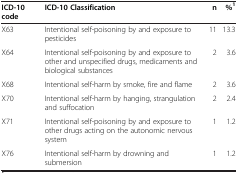
| ICD-10 code | ICD-10 Classification | n | %1 |
 | --- | --- | --- | --- |
 | X63 | Intentional self-poisoning by and exposure to pesticides | 11 | 13.3 |
 | X64 | Intentional self-poisoning by and exposure to other and unspecified drugs, medicaments and biological substances | 2 | 3.6 |
 | X68 | Intentional self-harm by smoke, fire and flame | 2 | 3.6 |
 | X70 | Intentional self-harm by hanging, strangulation and suffocation | 2 | 2.4 |
 | X71 | Intentional self-poisoning by and exposure to other drugs acting on the autonomic nervous system | 1 | 1.2 |
 | X76 | Intentional self-harm by drowning and submersion | 1 | 1.2 |